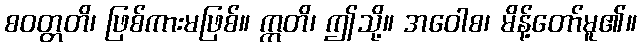
စဝတ္တတိ၊ ဖြစ်ကားမဖြစ်။ ဣတိ၊ ဤသို့။ အဝေါစ၊ မိန့်တော်မူ၏။